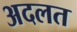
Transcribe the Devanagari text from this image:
अदलत